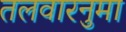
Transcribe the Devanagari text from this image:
तलवारनुमा